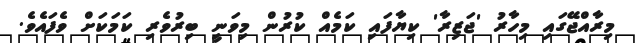
މިރާއްޖޭގައި މިހާރު 'ޖަޒިރާ' ކިޔާފައި ކަމެއް ކުރުން މިވަނީ ބިރުވެރި ކަމަކަށް ވެފައެވެ.